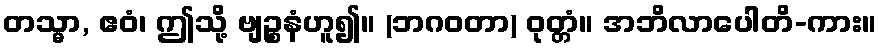
တသ္မာ, ဧဝံ၊ ဤသို့ ဗျဉ္စနံဟူ၍။ (ဘဂဝတာ) ဝုတ္တံ။ အဘိလာပေါတိ-ကား။